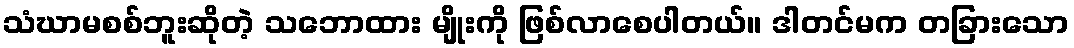
သံဃာမစစ်ဘူးဆိုတဲ့ သဘောထား မျိုးကို ဖြစ်လာစေပါတယ်။ ဒါတင်မက တခြားသော